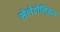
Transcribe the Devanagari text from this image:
सेलेदोनिऊस